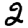
Digit: 2